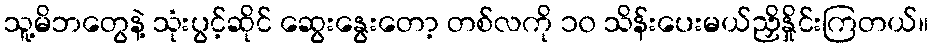
သူ့မိဘတွေနဲ့ သုံးပွင့်ဆိုင် ဆွေးနွေးတော့ တစ်လကို ၁၀ သိန်းပေးမယ်ညှိနှိုင်းကြတယ်။